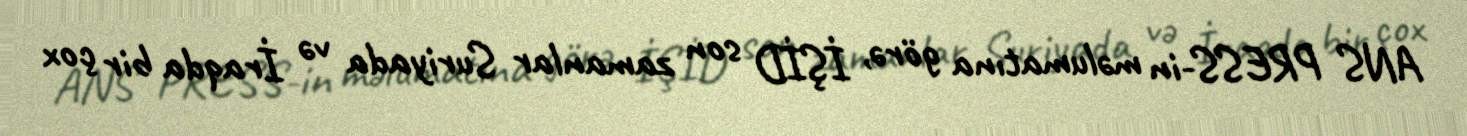
ANS PRESS-in məlumatına görə, İŞİD son zamanlar Suriyada və İraqda bir çox